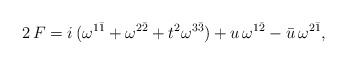
LaTeX: \begin{align*}2\,F=i\,(\omega^{1\bar1}+\omega^{2\bar2}+t^2\omega^{3\bar3})+u\,\omega^{1\bar2}-\bar{u}\,\omega^{2\bar1},\end{align*}